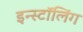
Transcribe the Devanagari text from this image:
इन्स्टॉलिंग